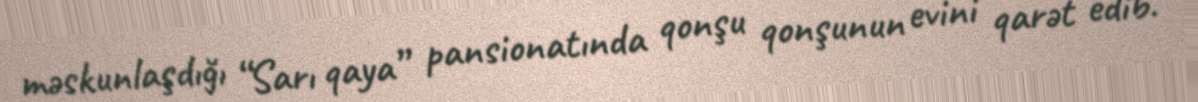
məskunlaşdığı “Sarı qaya” pansionatında qonşu qonşunun evini qarət edib.